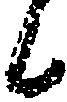
候